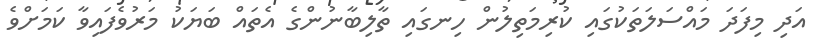
އަދި މިފަދަ މައްސަލަތަކުގައި ކުރިމަތިލުން ހިނގައި ތާލިބާނުންގެ އެތައް ބަޔަކު މަރުވެފައިވާ ކަމަށްވެ